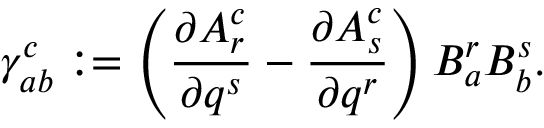
\gamma _ { a b } ^ { c } : = \left( \frac { \partial A _ { r } ^ { c } } { \partial q ^ { s } } - \frac { \partial A _ { s } ^ { c } } { \partial q ^ { r } } \right) B _ { a } ^ { r } B _ { b } ^ { s } .